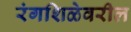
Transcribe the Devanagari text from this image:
रंगशिळेवरील